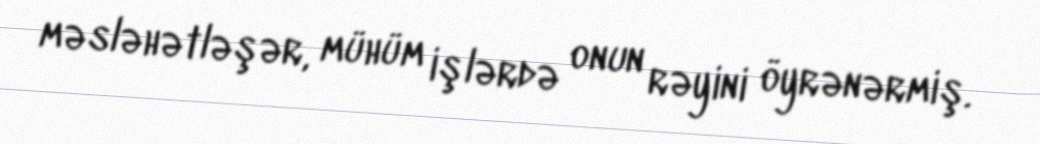
məsləhətləşər, mühüm işlərdə onun rəyini öyrənərmiş.